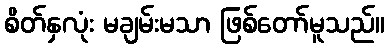
စိတ်နှလုံး မချမ်းမသာ ဖြစ်တော်မူသည်။